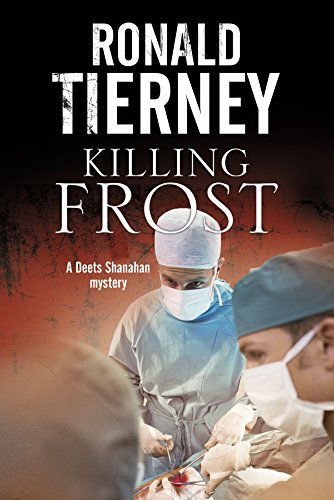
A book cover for Killing Frost: Deets Shanahan's final case; Ron Tierney; Mystery, Thriller & Suspense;